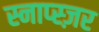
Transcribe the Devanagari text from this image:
स्नाप्स्ज़र